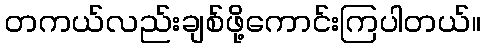
တကယ်လည်းချစ်ဖို့ကောင်းကြပါတယ်။